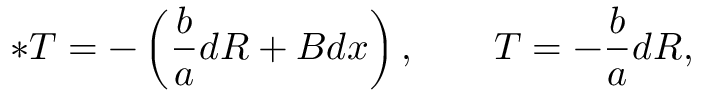
\ast T = - \left( { \frac { b } { a } } d R + B d x \right) , \qquad T = - { \frac { b } { a } } d R ,